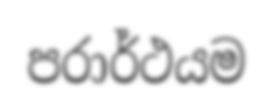
පරාර්ථයම